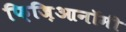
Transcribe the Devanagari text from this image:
फ़िज़िआनॉमी